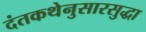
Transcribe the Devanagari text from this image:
दंतकथेनुसारसुद्धा